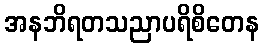
အနဘိရတသညာပရိစိတေန